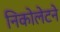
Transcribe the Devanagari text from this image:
निकोलेटने